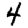
Digit: 4